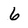
Character: 6